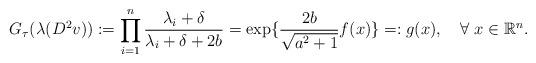
LaTeX: \begin{align*}G_{\tau}(\lambda(D^2v)):=\prod_{i=1}^n\dfrac{\lambda_i+\delta}{\lambda_i+\delta+2b}=\exp\{\frac{2b}{\sqrt{a^2+1}}f(x)\}=:g(x),\quad\forall\ x\in\mathbb{R}^n.\end{align*}